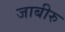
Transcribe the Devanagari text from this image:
जाबीरु